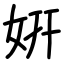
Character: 姸